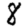
Digit: 8